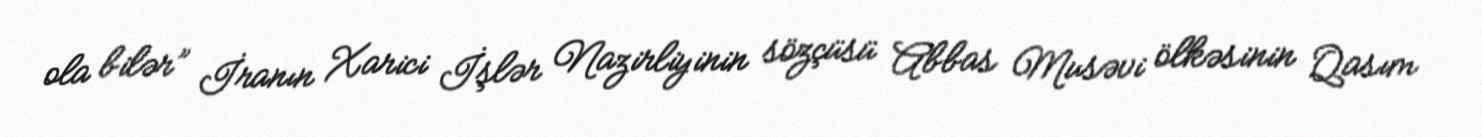
ola bilər” İranın Xarici İşlər Nazirliyinin sözçüsü Abbas Musəvi ölkəsinin Qasım